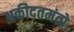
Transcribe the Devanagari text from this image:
अकीदतमंतो